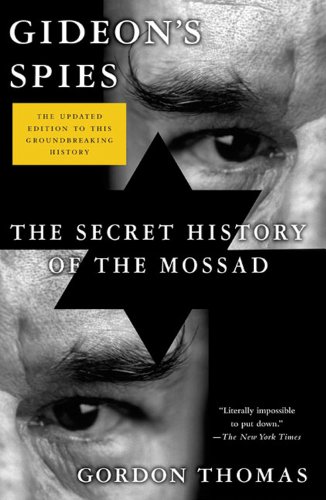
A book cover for Gideon's Spies: The Secret History of the Mossad; Gordon Thomas; History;